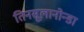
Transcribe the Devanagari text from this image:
तिनसूलानोन्डा